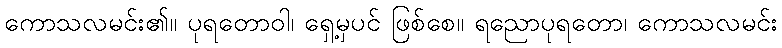
ကောသလမင်း၏။ ပုရတောဝါ၊ ရှေ့မှပင် ဖြစ်စေ။ ရညောပုရတော၊ ကောသလမင်း